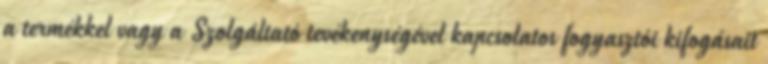
a termékkel vagy a Szolgáltató tevékenységével kapcsolatos fogyasztói kifogásait